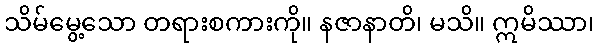
သိမ်မွေ့သော တရားစကားကို။ နဇာနာတိ၊ မသိ။ ဣမိဿာ၊